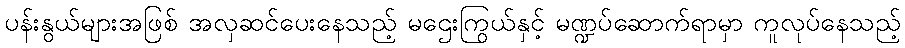
ပန်းနွယ်များအဖြစ် အလှဆင်ပေးနေသည့် မဌေးကြွယ်နှင့် မဏ္ဍပ်ဆောက်ရာမှာ ကူလုပ်နေသည့်